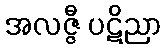
အလဇ္ဇီ ပဋိညာ